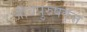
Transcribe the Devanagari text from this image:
जीवपुरुषकृत